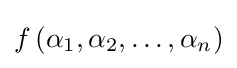
f\left(\alpha _{1},\alpha _{2},\ldots ,\alpha _{n}\right)